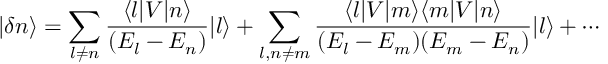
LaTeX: | \delta n \rangle = \sum _ { l \neq n } { \frac { \langle l | V | n \rangle } { ( E _ { l } - E _ { n } ) } } | l \rangle + \sum _ { l , n \neq m } { \frac { \langle l | V | m \rangle \langle m | V | n \rangle } { ( E _ { l } - E _ { m } ) ( E _ { m } - E _ { n } ) } } | l \rangle + \cdots